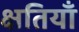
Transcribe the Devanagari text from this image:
क्षतियाँ